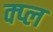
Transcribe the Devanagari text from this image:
क्प्ल